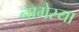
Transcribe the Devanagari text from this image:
नागेस्या